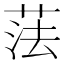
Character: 𦲾